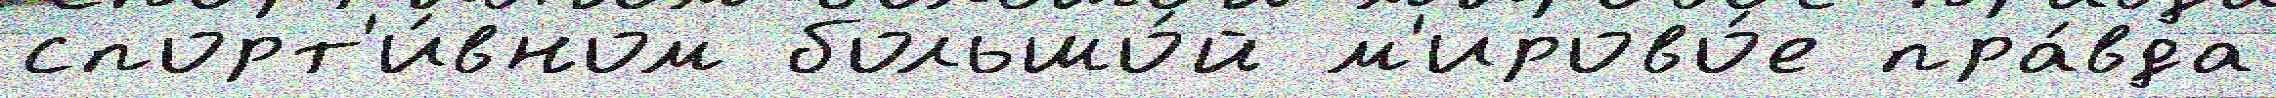
спорт'и́вном большо́й м'ирово́е пра́вда